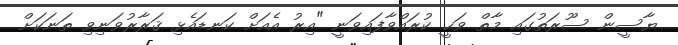
ޔާސީން ސޫރަތުގައި މާތް ވަޙީ ކުރައްވާފައިވަނީ "އިރު އެއަށް ކަނޑައެޅި ޤަރާރުވަނިވި ތަނަކަށް